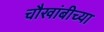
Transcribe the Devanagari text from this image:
चौखांबीच्या